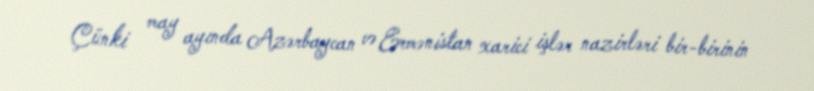
Çünki may ayında Azərbaycan və Ermənistan xarici işlər nazirləri bir-birinin